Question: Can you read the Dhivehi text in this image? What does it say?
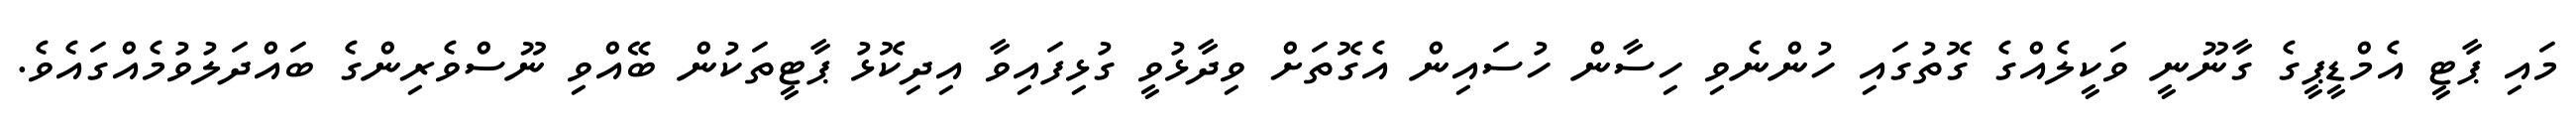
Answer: މައި ޕާޓީ އެމްޑީޕީގެ ގާނޫނީ ވަކީލެއްގެ ގޮތުގައި ހުންނެވި ހިސާން ހުސައިން އެގޮތަށް ވިދާޅުވީ ގުޅިފައިވާ އިދިކޮޅު ޕާޓީތަކުން ބޭއްވި ނޫސްވެރިންގެ ބައްދަލުވުމެއްގައެވެ.